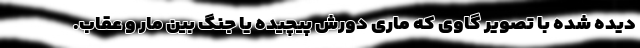
دیده شده با تصویر گاوی که ماری دورش پیچیده یا جنگ بین مار و عقاب.